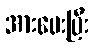
အားပေးပြီး